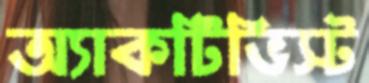
অ্যাকটিভিস্ট